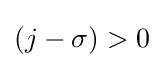
\left({j-\sigma }\right)>0